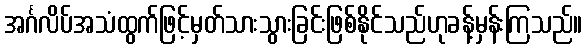
အင်္ဂလိပ်အသံထွက်ဖြင့်မှတ်သားသွားခြင်းဖြစ်နိုင်သည်ဟုခန့်မှန်းကြသည်။